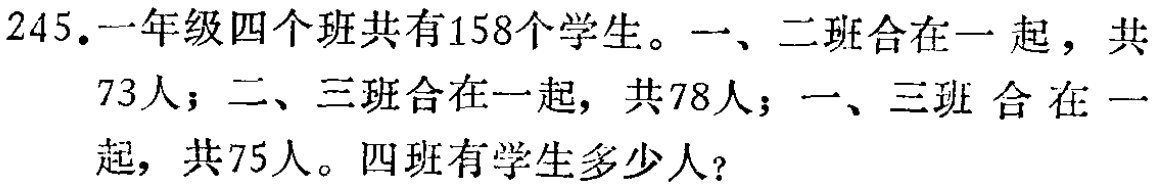
245.一年级四个班共有158个学生。一、二班合在一起，共
73人；二、三班合在一起，共78人；一、三班 合 在 一
起，共75人。四班有学生多少人？